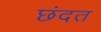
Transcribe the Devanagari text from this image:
छंदत